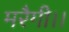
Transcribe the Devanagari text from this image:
मरैगी।।